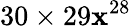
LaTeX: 30\times29\mathbf{x}^{28}